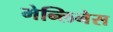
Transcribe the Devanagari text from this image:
मेन्लिनेस